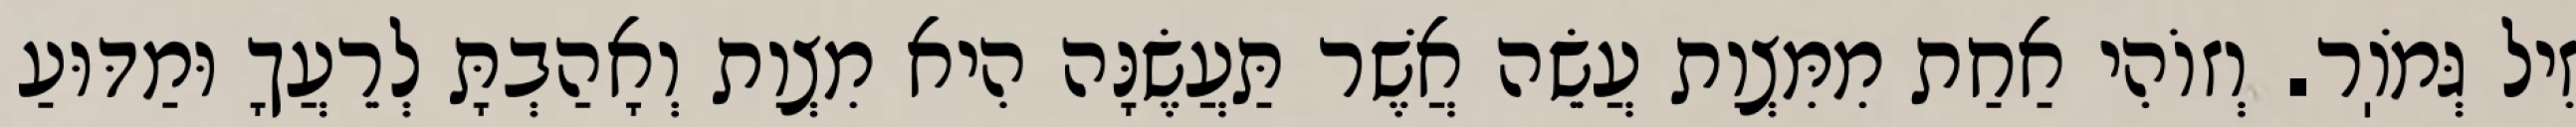
זִיל גְּמֹוֽר. וְזוֹהִי אַחַת מִמִּצְוַת עֲשֵׂה אֲשֶׁר תַּעֲשֶׂנָּה הִיא מִצְוַת וְאָהַבְתָּ לְרֵעֲךָ וּמַדּוּעַ